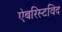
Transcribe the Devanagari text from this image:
ऐबरिस्टविद